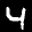
Label: 4